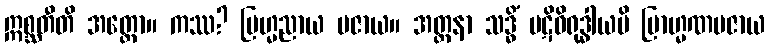
ဣစ္ဆတီတိ အတ္ထော။ ကဿ? ဗြဟ္မညာယ ပဇာယ။ အတ္တနာ သဒ္ဓိံ ပဋိဝိရုဒ္ဓါယပိ ဗြာဟ္မဏပဇာယ